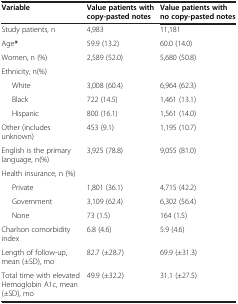
<table><thead><tr><td><b>Variable</b></td><td><b>Value patients with copy-pasted notes</b></td><td><b>Value patients with no copy-pasted notes</b></td></tr></thead><tbody><tr><td>Study patients, n</td><td>4,983</td><td>11,181</td></tr><tr><td>Age<b>*</b></td><td>59.9 (13.2)</td><td>60.0 (14.0)</td></tr><tr><td>Women, n (%)</td><td>2,589 (52.0)</td><td>5,680 (50.8)</td></tr><tr><td>Ethnicity, n(%)</td><td> </td><td> </td></tr><tr><td>White</td><td>3,008 (60.4)</td><td>6,964 (62.3)</td></tr><tr><td>Black</td><td>722 (14.5)</td><td>1,461 (13.1)</td></tr><tr><td>Hispanic</td><td>800 (16.1)</td><td>1,561 (14.0)</td></tr><tr><td>Other (includes unknown)</td><td>453 (9.1)</td><td>1,195 (10.7)</td></tr><tr><td>English is the primary language, n(%)</td><td>3,925 (78.8)</td><td>9,055 (81.0)</td></tr><tr><td>Health insurance, n (%)</td><td> </td><td> </td></tr><tr><td>Private</td><td>1,801 (36.1)</td><td>4,715 (42.2)</td></tr><tr><td>Government</td><td>3,109 (62.4)</td><td>6,302 (56.4)</td></tr><tr><td>None</td><td>73 (1.5)</td><td>164 (1.5)</td></tr><tr><td>Charlson comorbidity index</td><td>6.8 (4.6)</td><td>5.9 (4.6)</td></tr><tr><td>Length of follow-up, mean (±SD), mo</td><td>82.7 (±28.7)</td><td>69.9 (±31.3)</td></tr><tr><td>Total time with elevated Hemoglobin A1c, mean (±SD), mo</td><td>49.9 (±32.2)</td><td>31.1 (±27.5)</td></tr></tbody></table>